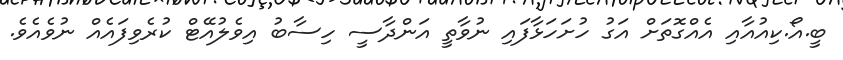
ބީ.އޯ.ކިއުއާއި އެއްގޮތަށް އަގު ހުށަހަޅާފައި ނުވާތީ އަންދާސީ ހިސާބު އިވެލުއޭޓް ކުރެވިފައެއް ނުވެއެވެ.